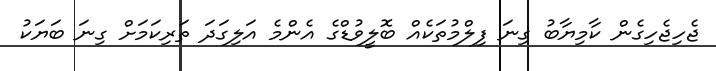
ޖެހިޖެހިގެން ކާމިޔާބު ގިނަ ފިލްމުތަކެއް ބޮލީވުޑްގެ އެންމެ އަލިގަދަ ތަރިކަމަށް ގިނަ ބަޔަކު